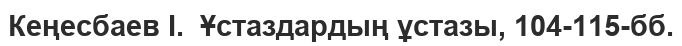
Кеңесбаев І.  Ұстаздардың ұстазы, 104-115-бб.